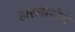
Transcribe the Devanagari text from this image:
हारलोगोरो